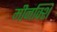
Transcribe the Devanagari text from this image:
मीनक्शि